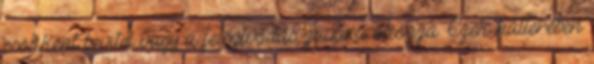
csökkent bevitel vagy a felszívódás zavara okozza. Ezek hátterében